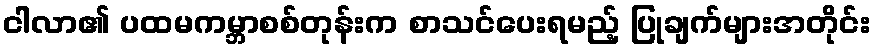
ငါလာ၏ ပထမကမ္ဘာစစ်တုန်းက စာသင်ပေးရမည့် ပြုချက်များအတိုင်း